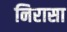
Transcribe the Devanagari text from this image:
निरासा